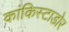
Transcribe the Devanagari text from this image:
कांकिस्टाडोर